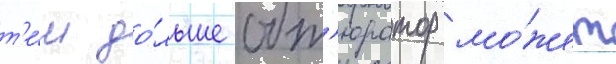
т'е́м до́льше обт'юратор мо́жет